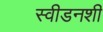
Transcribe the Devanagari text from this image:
स्वीडनशी